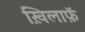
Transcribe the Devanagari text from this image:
ख़िलाफ़ॅ